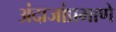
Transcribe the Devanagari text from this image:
अंदाजांप्रमाणे